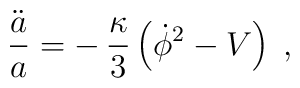
\frac{\ddot{a}}{a}= - \, \frac{\kappa}{3} \left( {\dot{\phi}}^2 -V\right)    \;  ,